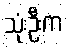
သုံးဦးက